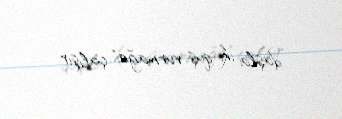
daşla iki quş vurmağa" çalışır.